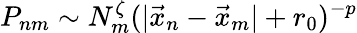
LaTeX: P_{nm}\sim N_{m}^{\zeta}(|\vec{x}_{n}-\vec{x}_{m}|+r_{0})^{-p}